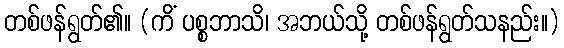
တစ်ဖန်ရွတ်၏။ (ကိံ ပစ္စဘာသိ၊ အဘယ်သို့ တစ်ဖန်ရွတ်သနည်း။)